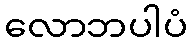
လောဘပါပံ